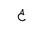
Letter: _ha